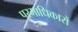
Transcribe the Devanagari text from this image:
परमाधिकारों